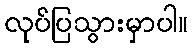
လုပ်ပြသွားမှာပါ။